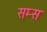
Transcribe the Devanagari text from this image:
सम्स